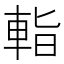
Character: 𨌁